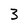
Character: 3